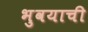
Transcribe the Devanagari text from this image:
भुवयाची